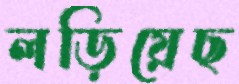
লড়িয়েছ